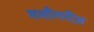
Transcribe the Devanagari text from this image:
मशीनरीज़